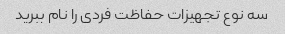
سه نوع تجهیزات حفاظت فردی را نام ببرید